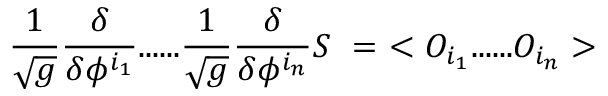
{ \frac { 1 } { \sqrt { g } } } { \frac { \delta } { \delta \phi ^ { i _ { 1 } } } } . . . . . . { \frac { 1 } { \sqrt { g } } } { \frac { \delta } { \delta \phi ^ { i _ { n } } } } S ~ = ~ < O _ { i _ { 1 } } . . . . . . O _ { i _ { n } } >